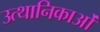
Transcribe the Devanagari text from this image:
उत्थानिकाओं